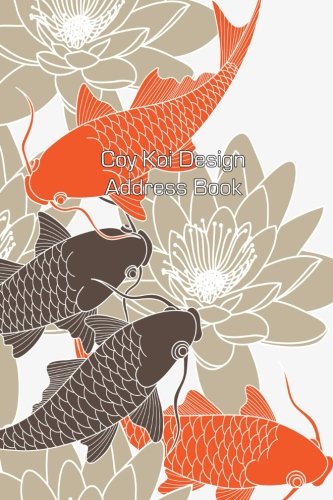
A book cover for Coy Koi Design Address Book (Address Books) (Volume 12); Jot Spot Stationary; Business & Money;